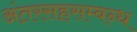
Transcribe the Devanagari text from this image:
अंतरसहसम्बन्ध